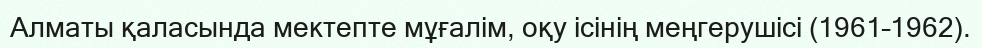
Алматы қаласында мектепте мұғалім, оқу ісінің меңгерушісі (1961–1962).